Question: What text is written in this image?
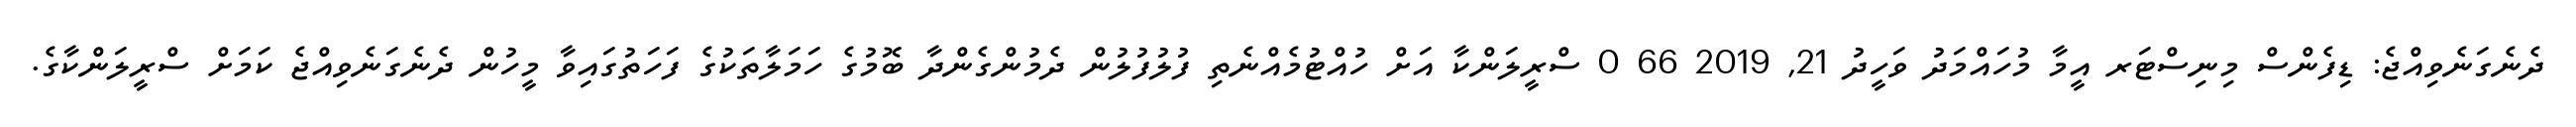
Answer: ދެނެގަނެވިއްޖެ: ޑިފެންސް މިނިސްޓަރ އީމާ މުހައްމަދު ވަހީދު 21, 2019 66 0 ސްރީލަންކާ އަށް ހުއްޓުމެއްނެތި ފުލުފުލުން ދެމުންގެންދާ ބޮމުގެ ހަމަލާތަކުގެ ފަހަތުގައިވާ މީހުން ދެނެގަނެވިއްޖެ ކަމަށް ސްރީލަންކާގެ.